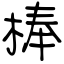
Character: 棒